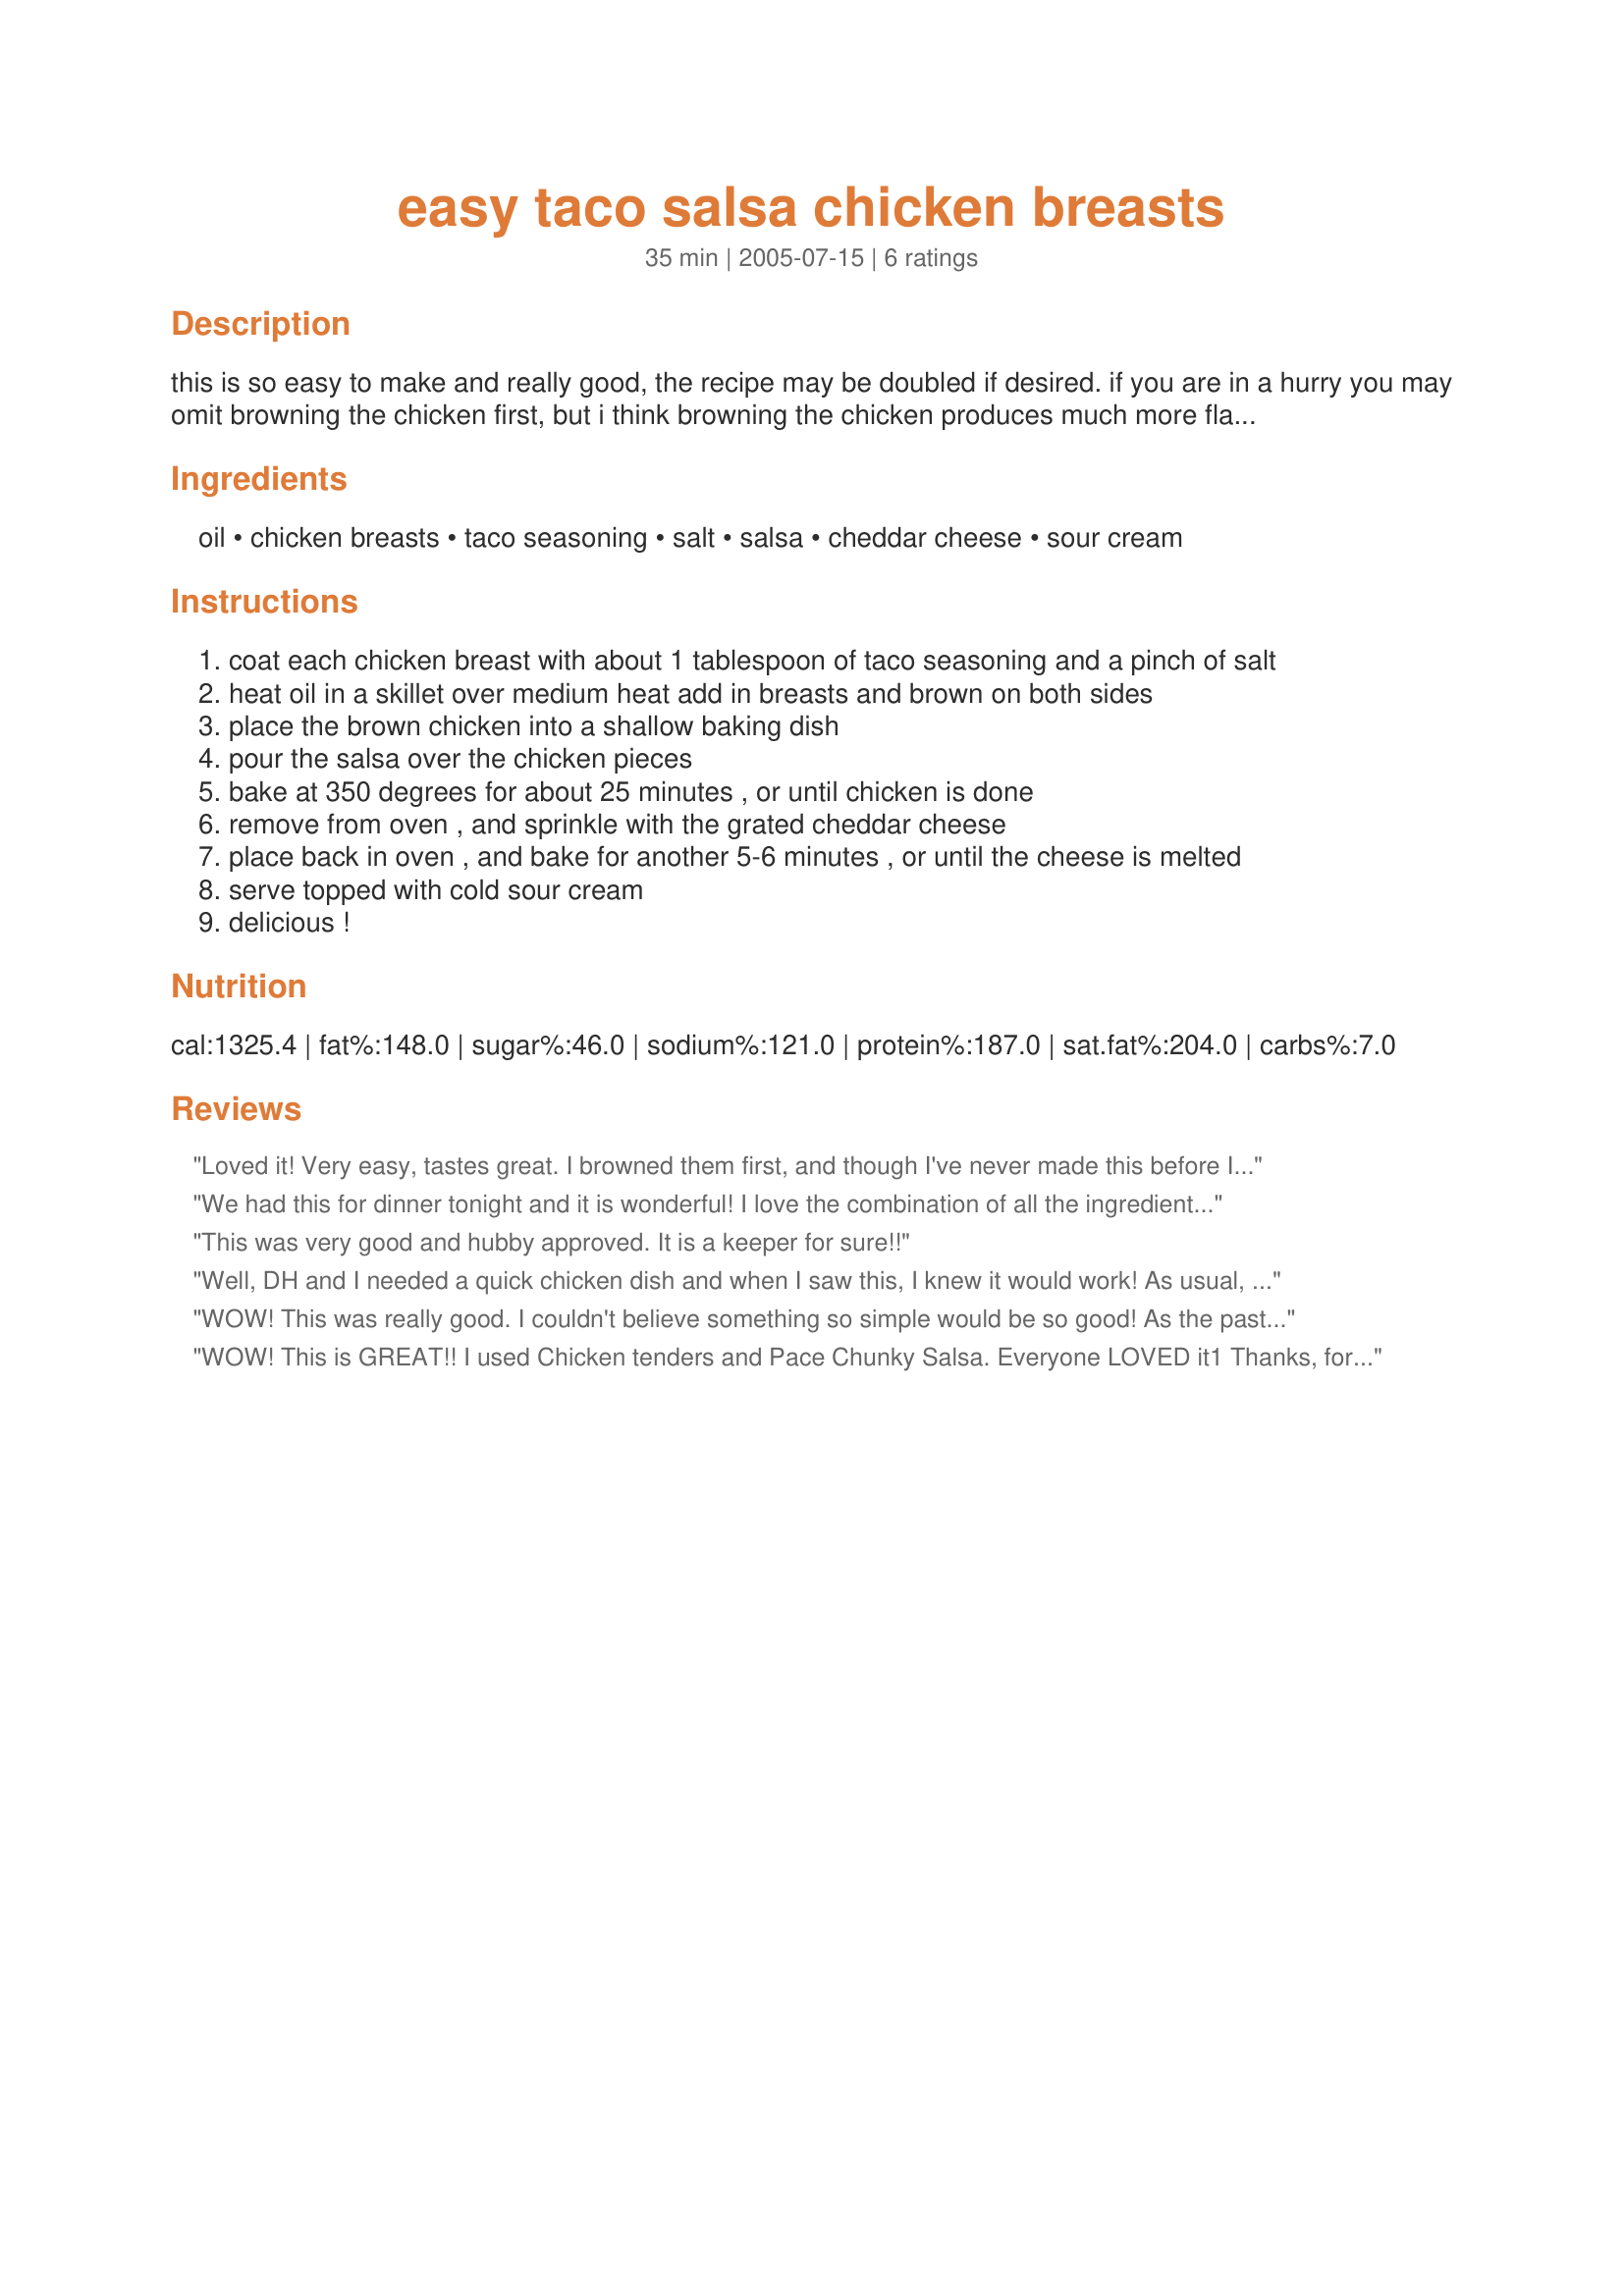
easy taco salsa chicken breasts
Preparation time: 35 minutes

this is so easy to make and really good, the recipe may be doubled if desired. if you are in a hurry you may omit browning the chicken first, but i think browning the chicken produces much more flavor, you can even brown the chicken hours in advance or in the morning, refrigerate and then bake later as directed --- don't forget to serve topped with cold sour cream, this is what really makes the chicken!

Ingredients:
oil, chicken breasts, taco seasoning, salt, salsa, cheddar cheese, sour cream

Steps:
coat each chicken breast with about 1 tablespoon of taco seasoning and a pinch of salt
heat oil in a skillet over medium heat add in breasts and brown on both sides
place the brown chicken into a shallow baking dish
pour the salsa over the chicken pieces
bake at 350 degrees for about 25 minutes , or until chicken is done
remove from oven , and sprinkle with the grated cheddar cheese
place back in oven , and bake for another 5-6 minutes , or until the cheese is melted
serve topped with cold sour cream
delicious !

Reviews:
Loved it! Very easy, tastes great. I browned them first, and though I've never made this before I can tell that not browning them would not be as good. Agree with other reviewers, sour cream makes this dish, don't forget it! Thanks for a great recipe (:
We had this for dinner tonight and it is wonderful! I love the combination of all the ingredients. It made for a quick, delicious and juicy chicken dish. Hubby and I agree, the addition of sour cream takes this one over the top! Thanks, Kit.
This was very good and hubby approved. It is a keeper for sure!!
Well, DH and I needed a quick chicken dish and when I saw this, I knew it would work! As usual, I never make anything exactly as the recipe states - I mixed the taco seasoning (about 4T) with some flour, salt and pepper and dredged the chicken, then added the rest to the top of the salsa when I put it in the oven. Before I added the cheese, I topped it with some fresh chopped green onions and tomatoes. This was incredible, Kittencal. Thanks so much for posting - reliably great as usual.
WOW! This was really good. I couldn't believe something so simple would be so good! As the past reviewers stated, the sour cream made it. I used fat free sour cream, and it was delicious! Thanks Kittencal!
WOW! This is GREAT!! I used Chicken tenders and Pace Chunky Salsa. Everyone LOVED it1 Thanks, for a great and EASY recipe! Ingrid
